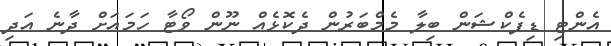
އެންޓި ޑިފެކްޝަން ބިލާ މެމްބަރުން ދެކޮޅެއް ނޫން ވޯޓާ ހަމައަށް ދާނެ އަދި